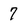
Character: 7